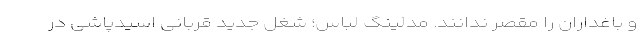
و باغداران را مقصر ندانند. مدلینگ لباس؛ شغل جدید قربانی اسیدپاشی در